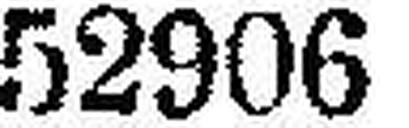
52906